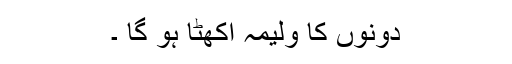
دونوں کا ولیمہ اکھٹا ہو گا ۔